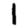
Digit: 1